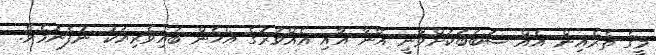
މީގެ ތެރެއިން އެއް ސަބަބަކަށްވާނީ އޭނާ އާއި އެއްވަރުގެ އެހެން ބައިވެރިޔަކު ނުފެނުމެވެ.